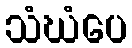
သံဃံပေ